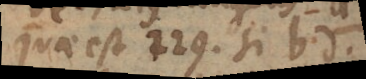
quae est 229. si bd